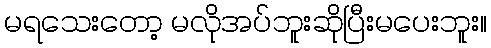
မရသေးတော့ မလိုအပ်ဘူးဆိုပြီးမပေးဘူး။